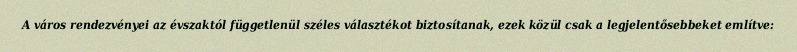
A város rendezvényei az évszaktól függetlenül széles választékot biztosítanak, ezek közül csak a legjelentősebbeket említve: